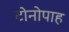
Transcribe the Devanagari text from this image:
टोनोपाह